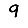
Digit: 9